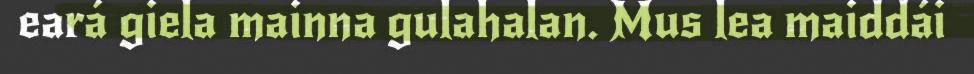
eará giela mainna gulahalan. Mus lea maiddái